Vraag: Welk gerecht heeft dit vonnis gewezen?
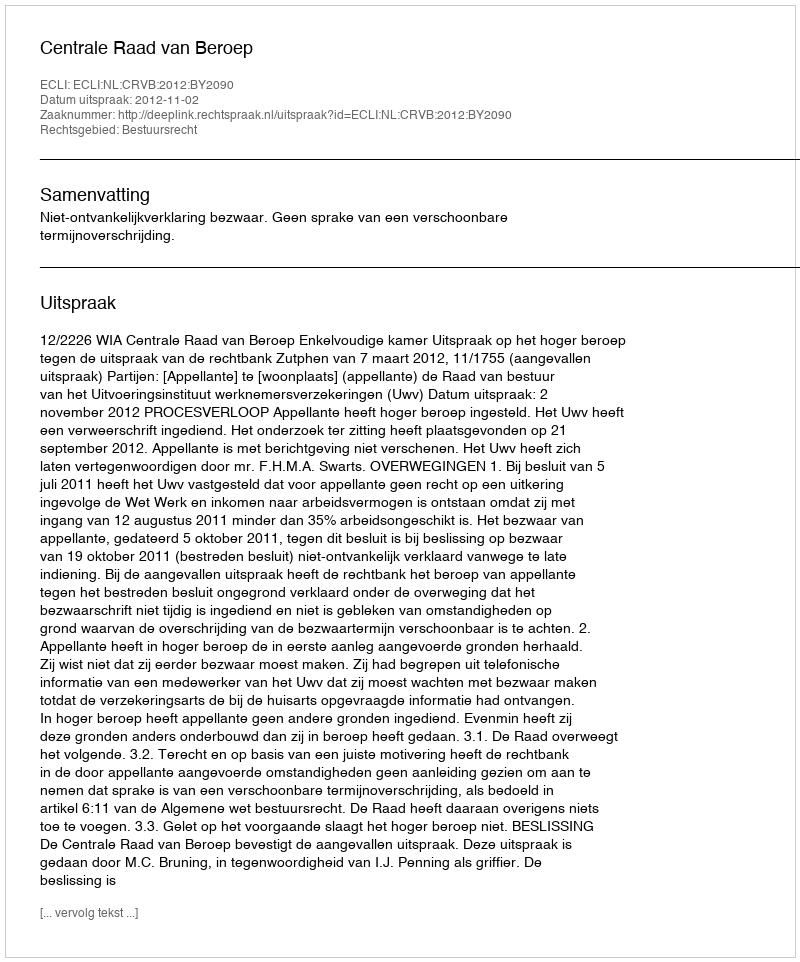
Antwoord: Centrale Raad van Beroep